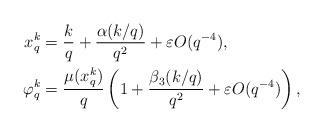
LaTeX: \begin{align*} x_q^k &=\frac{k}{q}+ \frac{\alpha(k/q)}{q^2} + \varepsilon O(q^{-4}),\\ \varphi_q^k &=\frac{\mu(x_q^k)}{q} \left (1+ \frac{\beta_3(k/q)}{q^2} + \varepsilon O(q^{-4}) \right ), \end{align*}